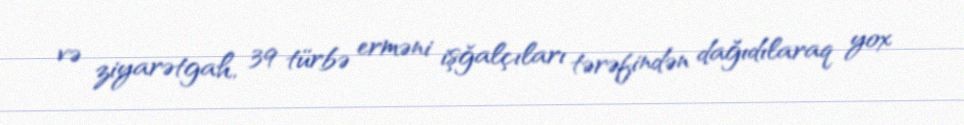
və ziyarətgah, 39 türbə erməni işğalçıları tərəfindən dağıdılaraq yox